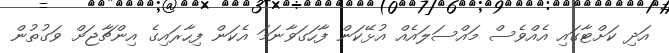
އަދި ކަށްޓާގައި އެއްވެސް މައްސަލައެއް އުޅޭކަން ފާހަގަވާނަމަ އެކަން ފިހާރައިގެ އިންޗާޖަށް ވަގުތުން